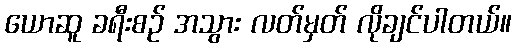
ယောဆူ ခရီးစဉ် အသွား လတ်မှတ် လိုချင်ပါတယ်။